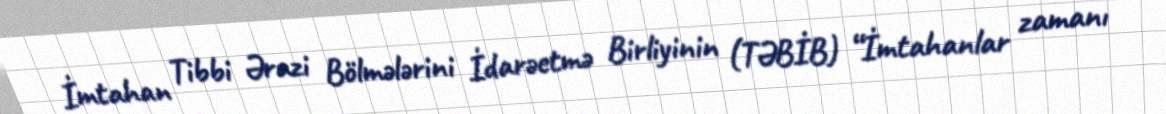
İmtahan Tibbi Ərazi Bölmələrini İdarəetmə Birliyinin (TƏBİB) “İmtahanlar zamanı